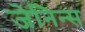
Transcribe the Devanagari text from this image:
जेनिन्स